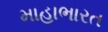
માહાભારત